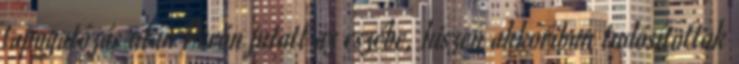
tapogatózás után Perón jutott az eszébe, hiszen akkoriban tudósítottak